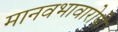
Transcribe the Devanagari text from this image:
मानवभावारोपी